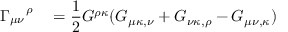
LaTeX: \Gamma _ { \mu \nu } ^ { \quad \rho \quad } = \frac { 1 } { 2 } G ^ { \rho \kappa } ( G _ { \mu \kappa , \nu } + G _ { \nu \kappa , \rho } - G _ { \mu \nu , \kappa } )